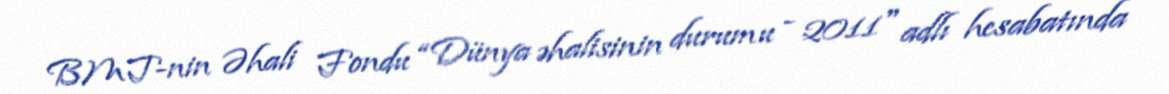
BMT-nin Əhali Fondu “Dünya əhalisinin durumu - 2011" adlı hesabatında